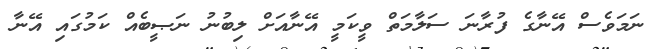
ނަމަވެސް އޭނާގެ ފުރާނަ ސަލާމަތް ވީކަމީ އޭނާއަށް ލިބުނު ނަޞީބެއް ކަމުގައި އޭނާ